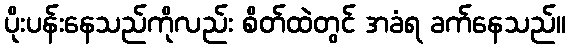
ပိုးပန်းနေသည်ကိုလည်း စိတ်ထဲတွင် အခံရ ခက်နေသည်။